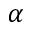
\alpha